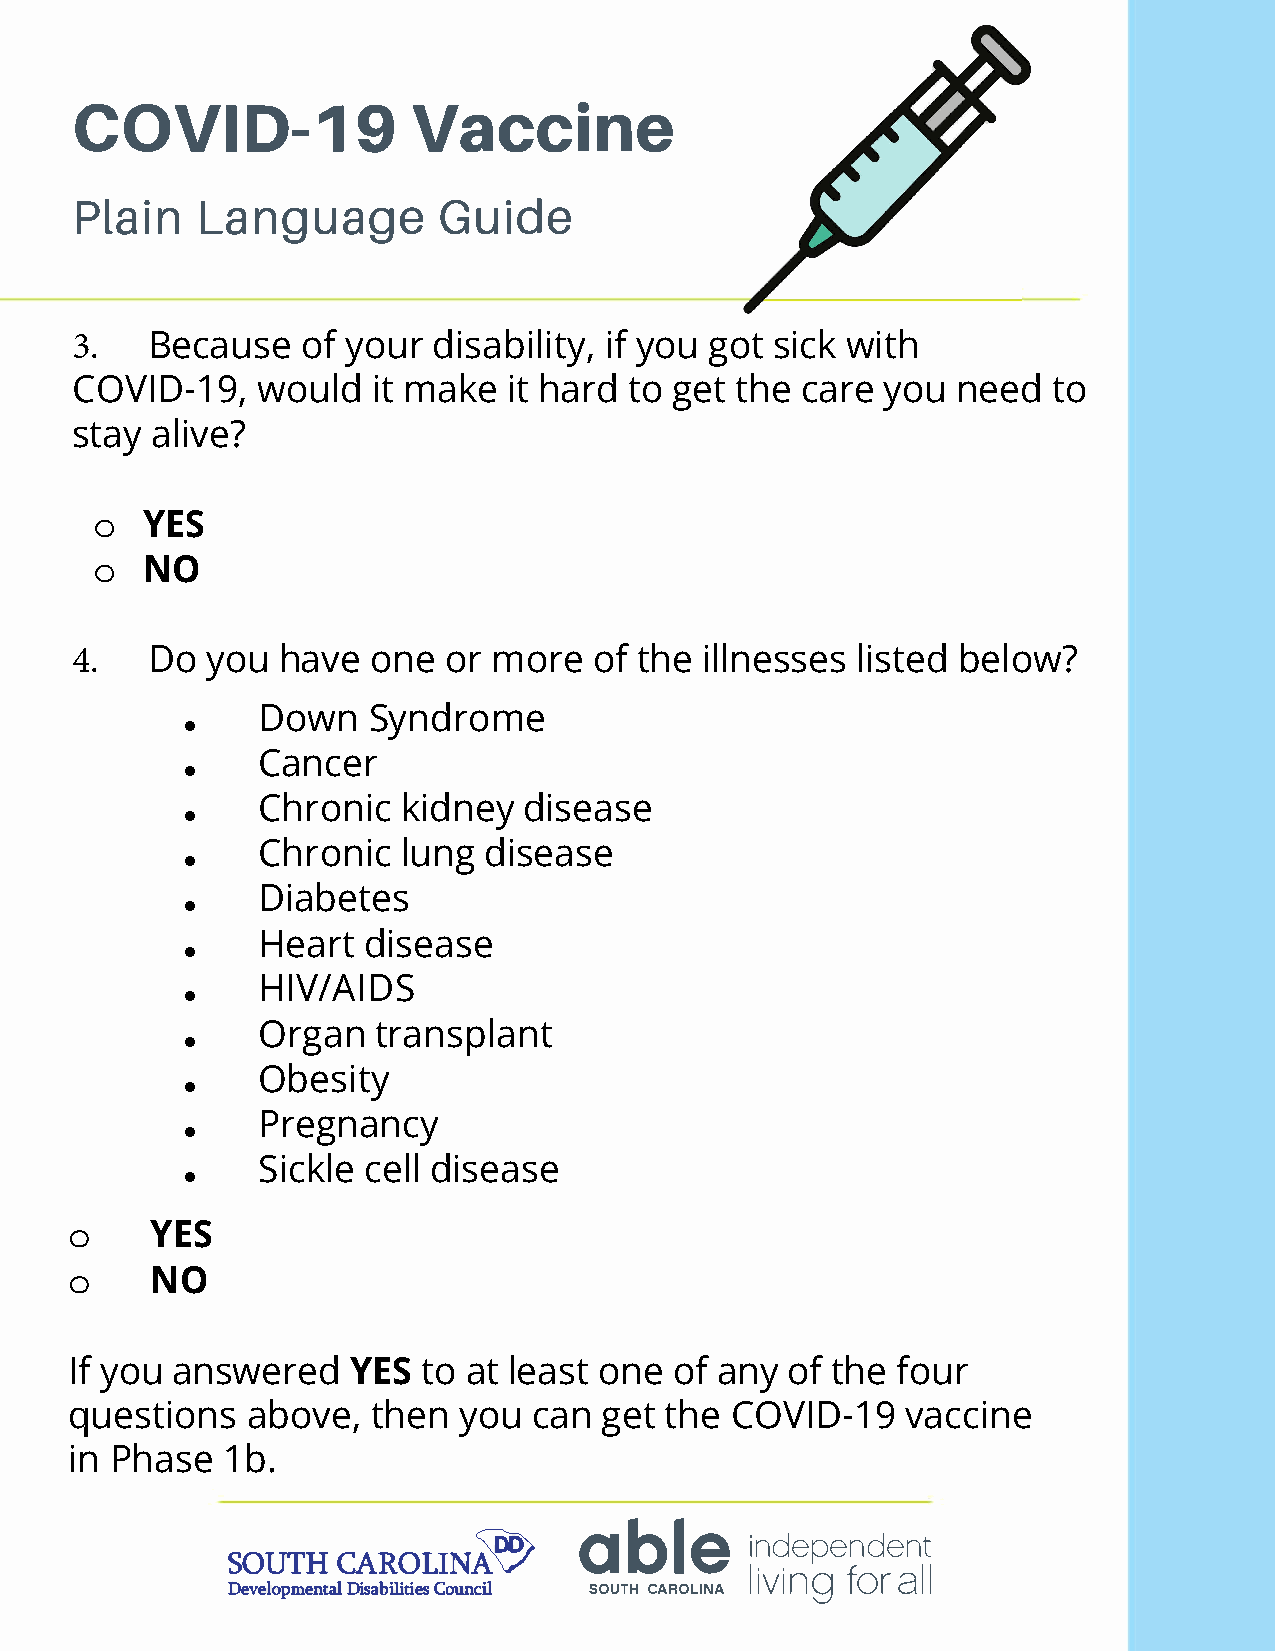
COVID-19              Vaccine
 Plain   Language        Guide
 3.   Because   of your  disability, if you got sick with
 COVID-19,   would   it make  it hard to get the care you  need   to
 stay alive?
 o  YES
 o  NO
 4.   Do  you have   one or  more  of the illnesses  listed below?
 •    Down   Syndrome
 •    Cancer
 •    Chronic   kidney  disease
 •    Chronic   lung disease
 •    Diabetes
 •    Heart  disease
 •    HIV/AIDS
 •    Organ   transplant
 •    Obesity
 •    Pregnancy
 •    Sickle cell disease
 o     YES
 o     NO
 If you answered   YES  to at least one  of any of the four
 questions  above,   then you  can  get the COVID-19    vaccine
 in Phase  1 b.
 able
 independent
 SOUTH  CAROLIN�
 living for all
 Developmental Disabilities Council SOUTH CAROLINA